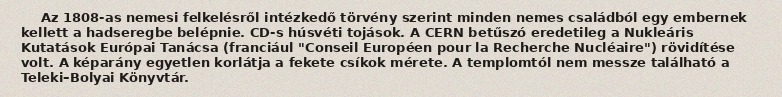
Az 1808-as nemesi felkelésről intézkedő törvény szerint minden nemes családból egy embernek kellett a hadseregbe belépnie. CD-s húsvéti tojások. A CERN betűszó eredetileg a Nukleáris Kutatások Európai Tanácsa (franciául "Conseil Européen pour la Recherche Nucléaire") rövidítése volt. A képarány egyetlen korlátja a fekete csíkok mérete. A templomtól nem messze található a Teleki–Bolyai Könyvtár.